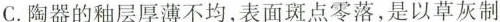
C.陶器的釉层厚薄不均,表面斑点零落，是以草灰制